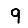
Digit: 9